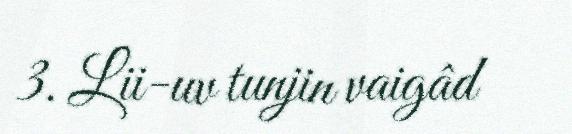
3. Lii-uv tunjin vaigâd